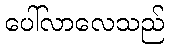
ပေါ်လာလေသည်